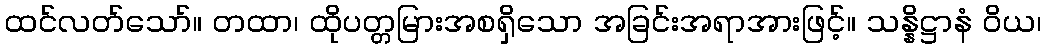
ထင်လတ်သော်။ တထာ၊ ထိုပတ္တမြားအစရှိသော အခြင်းအရာအားဖြင့်။ သန္နိဋ္ဌာနံ ဝိယ၊